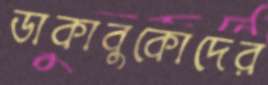
ডাকাবুকোদের